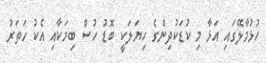
ހުޅުމާލޭގައި އަޅާ މި ކުޑަކުދިންގެ ހިޔަލަކީ ބޮޑު ހުސް ބިމަކާއި އެކު ހަތަރު